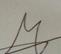
Signature authenticity: genuine